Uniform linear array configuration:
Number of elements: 48
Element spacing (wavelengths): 0.25
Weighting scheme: uniform
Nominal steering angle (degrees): -15
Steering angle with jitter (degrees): -15.256
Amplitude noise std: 0.05
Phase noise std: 0.05

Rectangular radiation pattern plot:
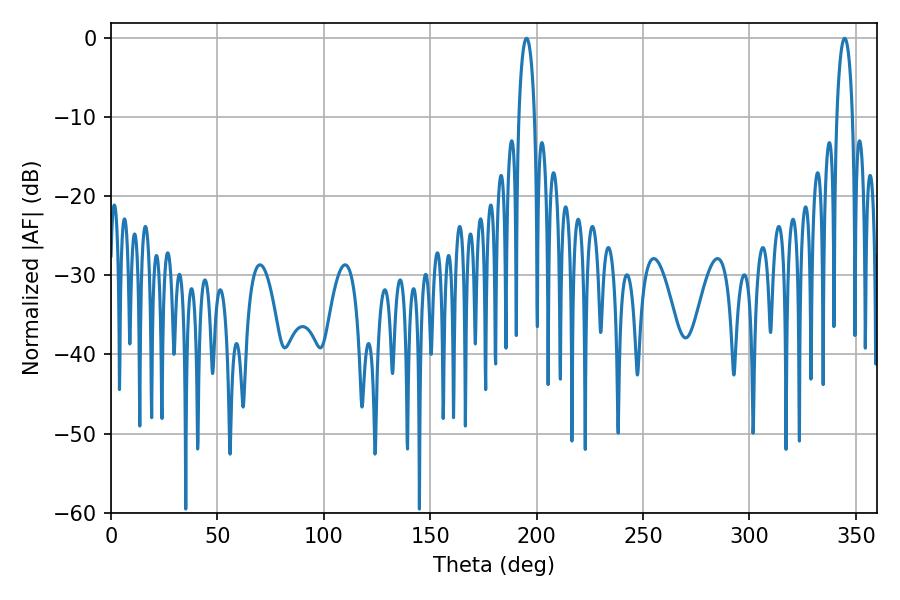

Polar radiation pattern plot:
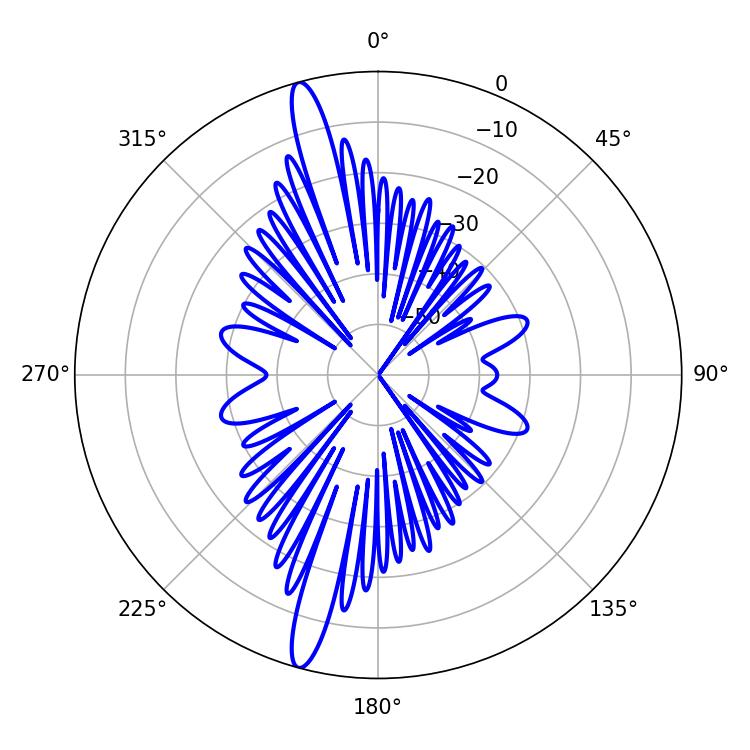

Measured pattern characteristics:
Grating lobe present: FALSE
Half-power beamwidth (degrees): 4.32
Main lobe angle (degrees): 195.3